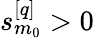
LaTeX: s_{m_{0}}^{[q]}>0